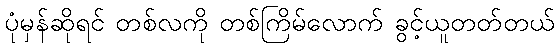
ပုံမှန်ဆိုရင် တစ်လကို တစ်ကြိမ်လောက် ခွင့်ယူတတ်တယ်